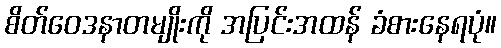
စိတ်ဝေဒနာတမျိုးကို အပြင်းအထန် ခံစားနေရပုံ။